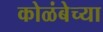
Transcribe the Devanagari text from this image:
कोळंबेच्या